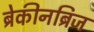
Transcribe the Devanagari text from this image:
ब्रेकीनब्रिज